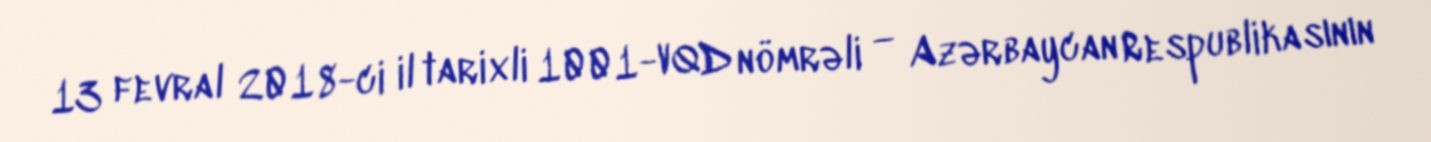
13 fevral 2018-ci il tarixli 1001-VQD nömrəli — Azərbaycan Respublikasının